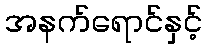
အနက်ရောင်နှင့်